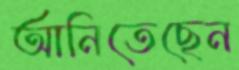
আনিতেছেন